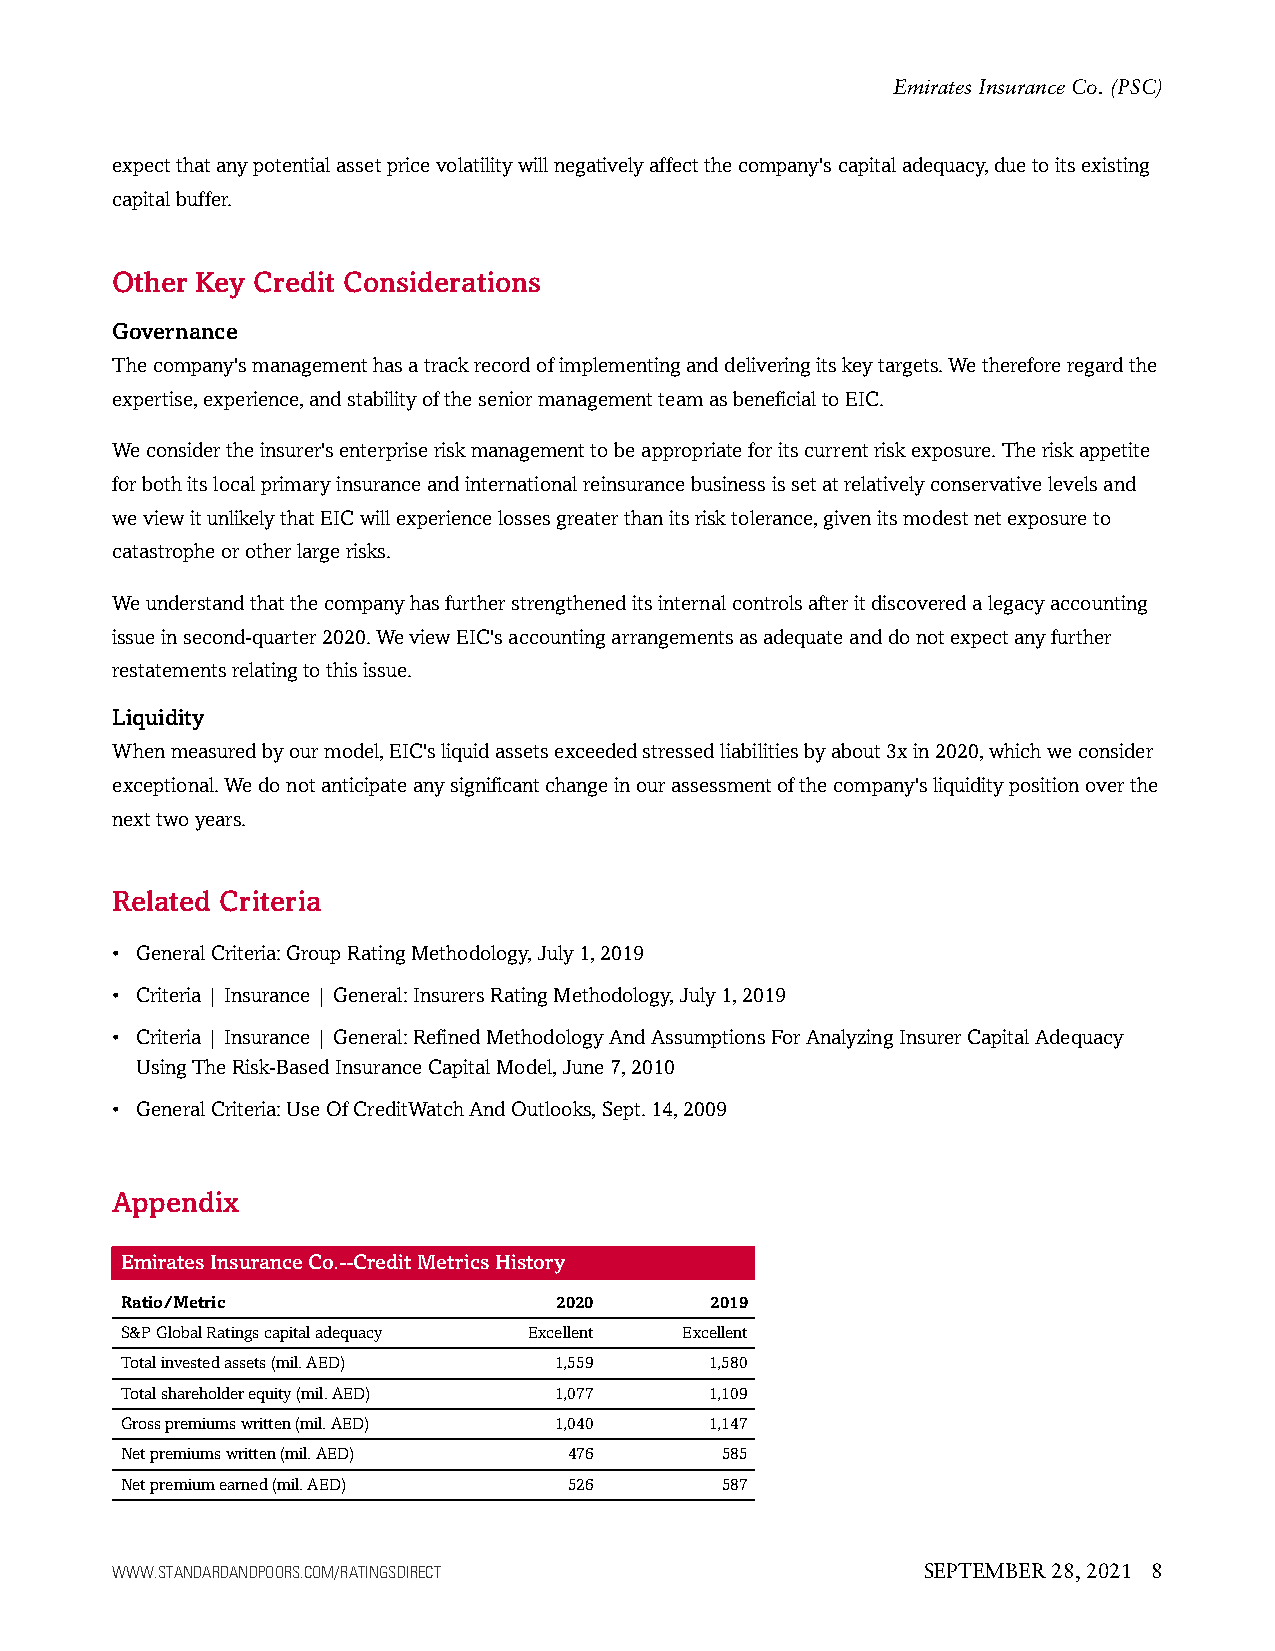
Emirates Insurance Co. (PSC)
 expectthatanypotentialassetpricevolatilitywillnegativelyaffectthecompany'scapitaladequacy,duetoitsexisting
 capitalbuffer.
 Other Key Credit Considerations
 Governance
 Thecompany'smanagementhasatrackrecordofimplementinganddeliveringitskeytargets.Wethereforeregardthe
 expertise,experience,andstabilityoftheseniormanagementteamasbeneficialtoEIC.
 Weconsidertheinsurer'senterpriseriskmanagementtobeappropriateforitscurrentriskexposure.Theriskappetite
 forbothitslocalprimaryinsuranceandinternationalreinsurancebusinessissetatrelativelyconservativelevelsand
 weviewitunlikelythatEICwillexperiencelossesgreaterthanitsrisktolerance,givenitsmodestnetexposureto
 catastropheorotherlargerisks.
 Weunderstandthatthecompanyhasfurtherstrengtheneditsinternalcontrolsafteritdiscoveredalegacyaccounting
 issueinsecond-quarter2020.WeviewEIC'saccountingarrangementsasadequateanddonotexpectanyfurther
 restatementsrelatingtothisissue.
 Liquidity
 Whenmeasuredbyourmodel,EIC'sliquidassetsexceededstressedliabilitiesbyabout3xin2020,whichweconsider
 exceptional.Wedonotanticipateanysignificantchangeinourassessmentofthecompany'sliquiditypositionoverthe
 nexttwoyears.
 Related Criteria
 • GeneralCriteria:GroupRatingMethodology,July1,2019
 • Criteria|Insurance|General:InsurersRatingMethodology,July1,2019
 • Criteria|Insurance|General:RefinedMethodologyAndAssumptionsForAnalyzingInsurerCapitalAdequacy
 UsingTheRisk-BasedInsuranceCapitalModel,June7,2010
 • GeneralCriteria:UseOfCreditWatchAndOutlooks,Sept.14,2009
 Appendix
 EmiratesInsuranceCo.--CreditMetricsHistory
 Ratio/Metric                 2020      2019
 S&PGlobalRatingscapitaladequacy Excellent Excellent
 Totalinvestedassets(mil.AED) 1,559     1,580
 Totalshareholderequity(mil.AED) 1,077  1,109
 Grosspremiumswritten(mil.AED) 1,040    1,147
 Netpremiumswritten(mil.AED)   476       585
 Netpremiumearned(mil.AED)     526       587
 WWW.STANDARDANDPOORS.COM/RATINGSDIRECT                SEPTEMBER 28, 2021 8